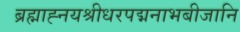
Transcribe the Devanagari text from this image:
ब्रह्माह्नयश्रीधरपद्मनाभबीजानि